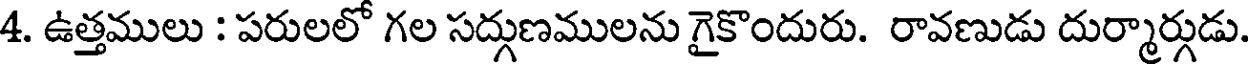
4. ఉత్తములు : పరులలో గల సద్గుణములను గైకొందురు. రావణుడు దుర్మార్గుడు.